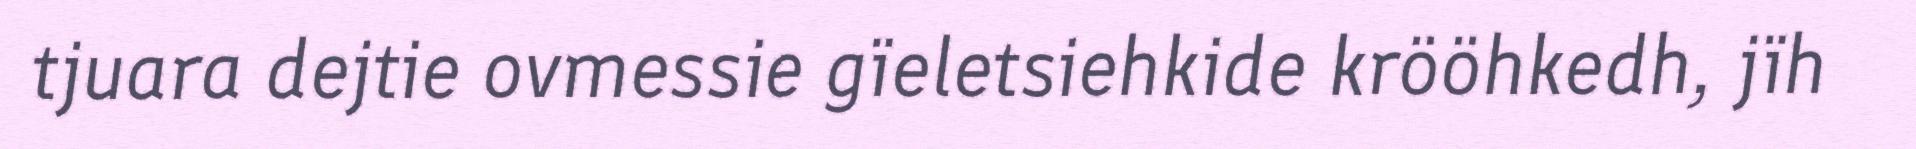
tjuara dejtie ovmessie gïeletsiehkide krööhkedh, jïh